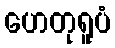
ဟေတုရူပံ